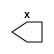
module m_3(x);
   output x;
   reg	  \y.z ;
   assign x = \y.z ;
endmodule